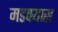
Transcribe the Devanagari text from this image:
मडक्यास